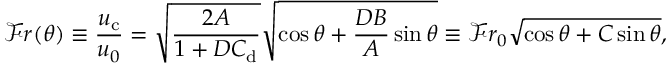
\mathcal { F } r ( \theta ) \equiv \frac { u _ { \mathrm { c } } } { u _ { 0 } } = \sqrt { \frac { 2 A } { 1 + D C _ { \mathrm { d } } } } \sqrt { \cos \theta + \frac { D B } { A } \sin \theta } \equiv \mathcal { F } r _ { 0 } \sqrt { \cos \theta + C \sin \theta } ,